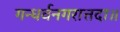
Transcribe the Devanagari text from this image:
गन्धर्वनगरात्तदा॥